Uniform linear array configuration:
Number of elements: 8
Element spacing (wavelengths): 0.25
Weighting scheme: exponential
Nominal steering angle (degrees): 60
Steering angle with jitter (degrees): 59.087
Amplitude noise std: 0.05
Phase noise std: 0.05

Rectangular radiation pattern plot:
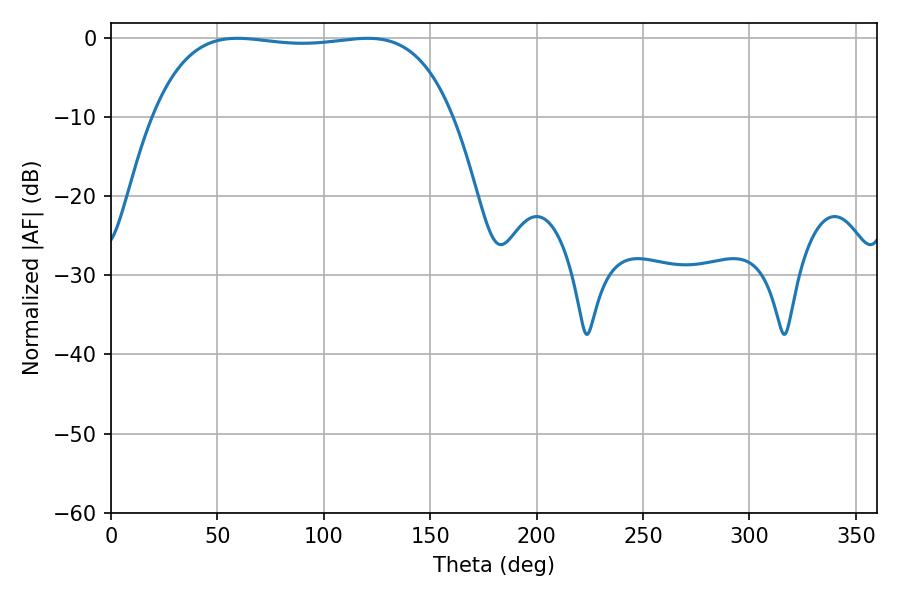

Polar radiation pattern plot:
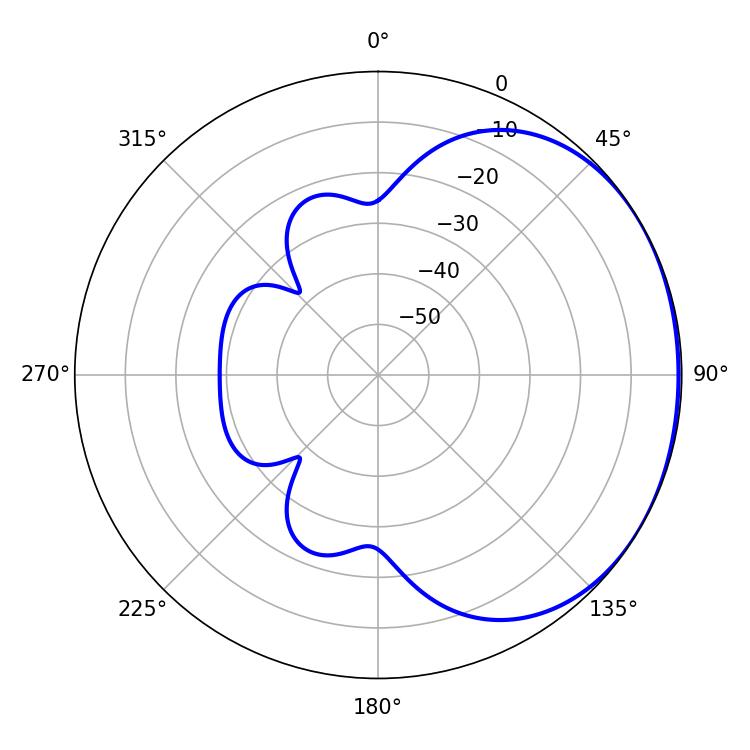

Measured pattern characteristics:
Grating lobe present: FALSE
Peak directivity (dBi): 1.093
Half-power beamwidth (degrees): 111.6
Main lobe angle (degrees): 59.4